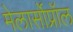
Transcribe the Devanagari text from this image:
मेलार्सोप्रॉल